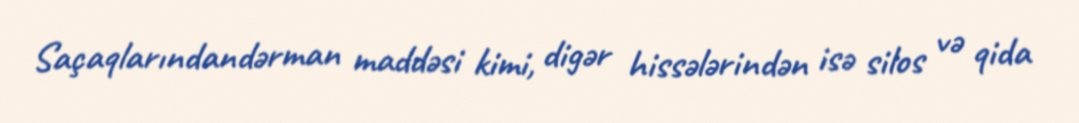
Saçaqlarındandərman maddəsi kimi, digər hissələrindən isə silos və qida